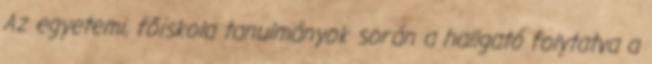
Az egyetemi, főiskola tanulmányok során a hallgató folytatva a